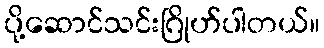
ပို့ဆောင်သင်းဂြိုဟ်ပါတယ်။